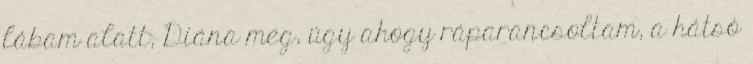
lábam alatt, Diána meg, úgy ahogy ráparancsoltam, a hátsó